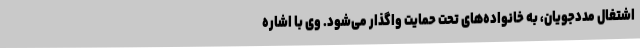
اشتغال مددجویان، به خانواده‌های تحت حمایت واگذار می‌شود. وی با اشاره